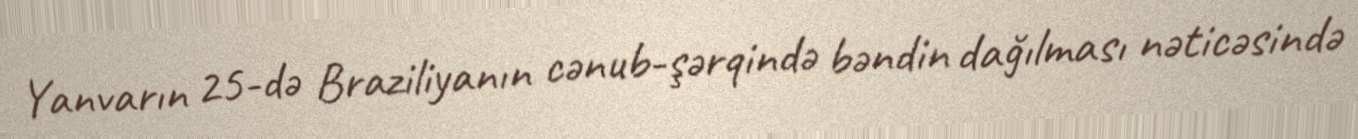
Yanvarın 25-də Braziliyanın cənub-şərqində bəndin dağılması nəticəsində